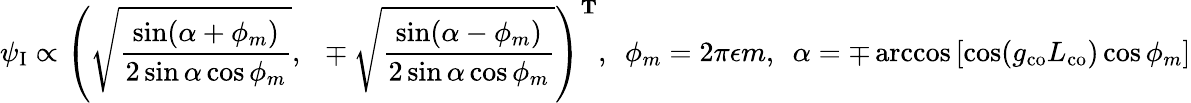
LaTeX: \psi_{\mathrm{I}}\propto\left(\sqrt{\frac{\sin(\alpha+\phi_{m})}{2\sin\alpha\cos\phi_{m}}},\ \ \mp\sqrt{\frac{\sin(\alpha-\phi_{m})}{2\sin\alpha\cos\phi_{m}}}\right)^{\mathbf{T}},\ \ \phi_{m}=2\pi\epsilon m,\ \ \alpha=\mp\operatorname{arccos}\left[\cos(g_{\mathrm{co}}L_{\mathrm{co}})\cos\phi_{m}\right]